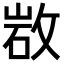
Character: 𢽡